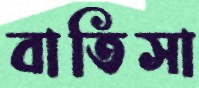
বাতিসা